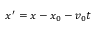
x ^ { \prime } = x - x _ { 0 } - v _ { 0 } t